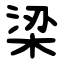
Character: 梁